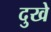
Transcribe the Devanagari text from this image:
दुखे